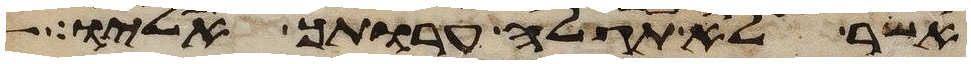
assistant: אשר לא תגלה ערותך אליו